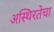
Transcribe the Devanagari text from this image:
अस्थिरतेचा